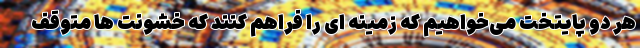
هر دو پایتخت می‌خواهیم که زمینه ای را فراهم کنند که خشونت ها متوقف